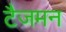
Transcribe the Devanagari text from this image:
टैजमन